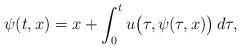
LaTeX: \begin{align*} \psi(t,x)=x+\int_0^t u\big(\tau,\psi(\tau,x)\big)\,d\tau, \end{align*}